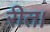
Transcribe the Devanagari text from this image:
रीत।